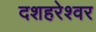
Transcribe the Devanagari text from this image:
दशहरेश्वर